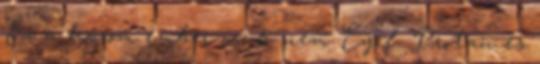
Ez a három ember csak nem Eyrf, Protan és